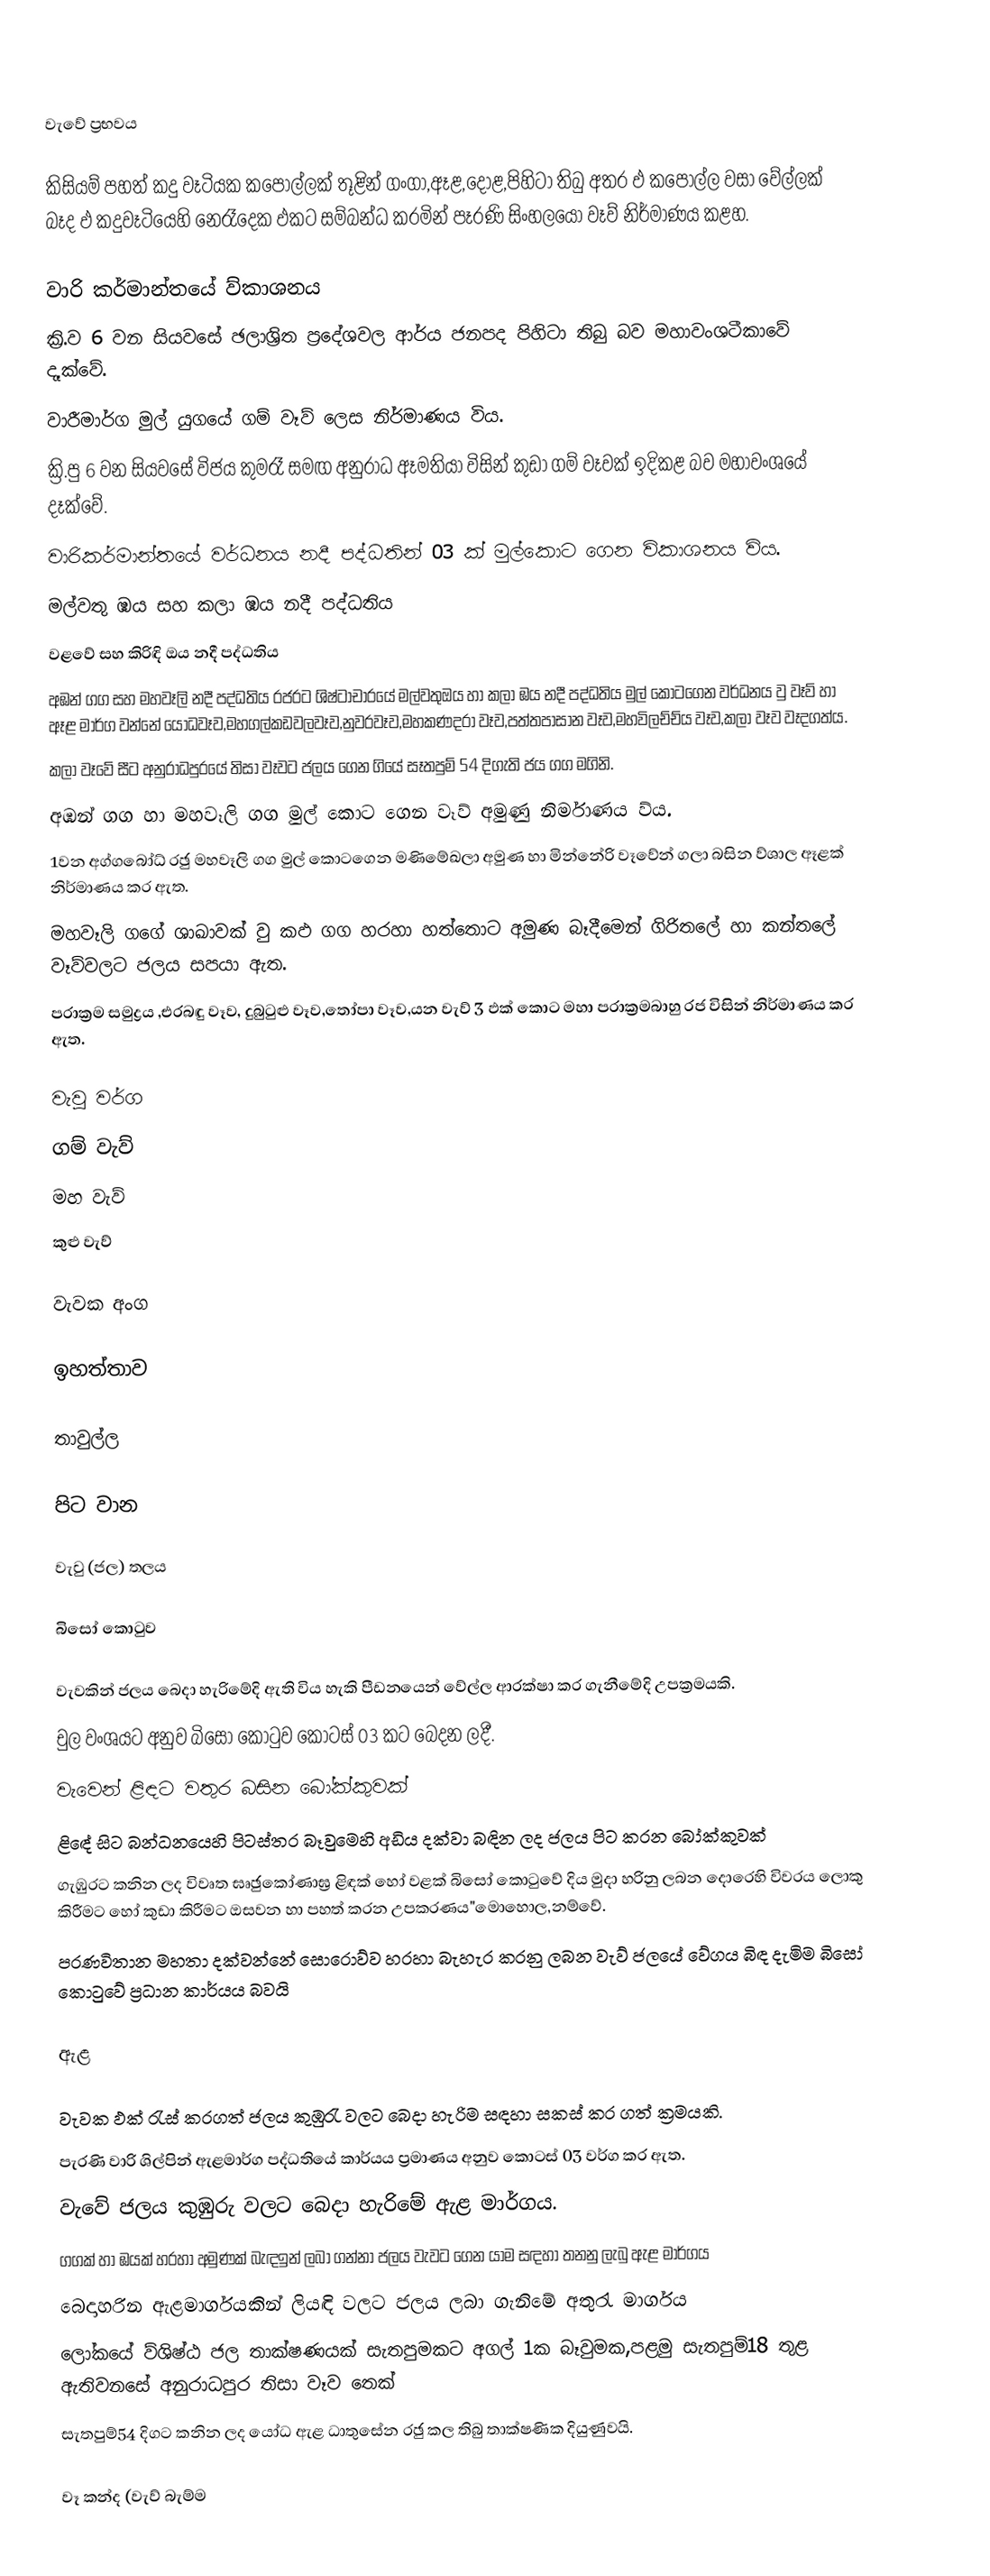

වැවේ ප්‍රභවය

කිසියම්‍ පහත් කදු වෑටියක කපොල්ලක් තූළින් ගංගා,ඈළ,දොළ,පිහිටා තිබු අතර ඵ කපොල්ල වසා වේල්ලක් බෑද ඵ කදුවෑටියෙහි නෙරෑදෙක ඵකට සම්බන්ධ  කරමින් පෑරණි සිංහලයෝ වෑව් නිර්මාණය කළහ.

වාරි කර්මාන්තයේ ව්කාශනය
ක්‍රි.ව 6 වන සියවසේ ඡලාශ්‍රිත ප්‍රදේශවල ආර්ය ජනපද පිහිටා තිබු බව මහාවංශටීකාවේ දෑක්වේ.
වාරීමාර්ග මුල් යුගයේ ගම් වෑව් ලෙස නිර්මාණය විය.
ක්‍රි.පු 6 වන සියවසේ විජය කුමරෑ සමඟ අනුරාධ ඈමතියා විසින් කුඩා ගම් වෑවක් ඉදිකළ බව මහාවංශයේ දෑක්වේ.
වාරිකර්මාන්තයේ වර්ධනය නදී පද්ධතින්  03 ක් මුල්කොට ගෙන විකාශනය විය.
මල්වතු ඹය සහ කලා ඹය නදී පද්ධතිය
වළවේ සහ කිරිඳි ඔය  නදී පද්ධතිය
අඹන් ගග සහ මහවෑලි  නදී පද්ධතිය  රජරට ශිෂ්ටාචාරයේ මල්වතුඔය හා කලා ඹය නදී පද්ධතිය මුල් කොටගෙන වර්ධනය වු වෑව් හා ඈළ මාර්ග වන්නේ යෝධවෑව,මහගල්කඩවලවෑව,නුවරවෑව,මහකණදරා වෑව,පත්තපාසාන වෑව,මහවිලච්ච්ය වෑව,කලා වෑව වෑදගත්ය.
කලා වෑවේ සීට අනුරාධපුරයේ තිසා වෑවට ජලය ගෙන ගියේ සෑතපුම් 54 දිගැති ජය ගග මගිනි.
අඹන් ගග හා මහවෑලි ගග මුල් කොට ගෙන වෑව් අමුණු නිර්මාණය ව්ය.
1වන අග්ග‍බෝධ් රඡු මහවෑලි ගග මුල් කොටගෙන මණිමේඛලා අමුණ හා මින්නේරි වෑවේන් ගලා බසින ව්ශාල ඈළක් නිර්මාණය කර ඇත.
මහවෑලි ගගේ ශාඛාවක් වු කඵ ගග හරහා හත්තොට අමුණ බෑදීමෙන් ගිරිතලේ  හා කන්තලේ වෑව්වලට ජලය සපයා ඇත.
පරාක්‍රම සමුද්‍රය ,එරබඳු වෑව, දුබුටුළු වෑව,තෝපා වෑව,යන වැව් 3 ඵක් කොට මහා පරාක්‍රමබාහු  රජ  විසින් නිර්මාණය කර ඇත.

වැවු වර්ග
 ගම් වැව්
 මහ වැව්
 කුළු වැව්

වැවක අංග

ඉහත්තාව

තාවුල්ල

පිට වාන

වැවු (ජල) තලය

බිසෝ කොටුව

වැවකින් ජලය බෙදා හැරිමේදි ඇති විය හැකි පීඩනයෙන් වේල්ල ආරක්ෂා කර ගැනීමේදි උපක්‍රමයකි.
චුල වංශයට අනුව බිසෝ කොටුව කොටස් 03 කට බෙදන ලදී.
 වැවෙන් ළිඳට වතුර බසින බෝක්කුවක්
 ළිඳේ සිට බන්ධනයෙහි පිටස්තර බෑවුමෙහි අඩිය දක්වා බඳින ලද ජලය පිට කරන ‍‍බෝක්කුවක්
 ගැඹුරට කනින ලද විවෘත ඝෘඡුකෝණාඝ්‍ර ළිඳක් හෝ වළක් බිසෝ කොටුවේ දිය මුදා හරිනු ලබන දොරෙහි විවරය ලොකු කිරීමට හෝ කුඩා කිරීමට ඔසවන හා පහත් කරන උපකරණය"මොහොල,නම්වේ.
පරණවිතාන මහතා දක්වන්නේ සොරොව්ව  හරහා බැහැර කරනු ලබන වැව් ජලයේ වේගය බිඳ දැමිම බිසෝ  කොටුවේ ප්‍රධාන කාර්යය බවයි

ඇළ

වැවක ඵක් රැස් කරගත් ජලය කුඹුරැ වලට බෙදා හැරිම සඳහා සකස් කර ගත් ක්‍රමයකි.
පැරණි වාරි ශිල්පින් ඇළමාර්ග පද්ධතියේ කාර්යය ප්‍රමාණය අනුව කොටස් 03 වර්ග කර ඇත.
 වැවේ ජලය කුඹුරු වලට බෙදා හැරිමේ ඇළ මාර්ගය.
 ගගක් හා ඹයක් හරහා අමුණක් බැඳඉන් ලබා ගන්නා ජලය වැවට ගෙන යාම සඳහා තනනු ලැබු ඇළ මාර්ගය
 බෙදාහරින ඇළමාර්ගයකින් ලියඳි වලට ජලය ලබා ගැනිමේ අතුරැ මාර්ගය
ලෝකයේ ව්ශිෂ්ඨ ජල තාක්ෂණයක් සැතපුමකට අගල් 1ක බෑවුමක,පළමු සැතපුම්18 තුළ ඇතිවනසේ අනුරාධපුර තිසා වෑව තෙක්
සැතපුම්54 දිගට කනින ලද යෝධ ඇළ ධාතුසේන රඡු කල තිබු තාක්ෂණික දියුණුවයි.

වෑ කන්ද (වැව් බැම්ම